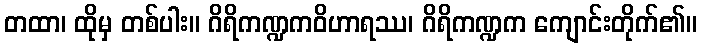
တထာ၊ ထိုမှ တစ်ပါး။ ဂိရိကဏ္ဍကဝိဟာရဿ၊ ဂိရိကဏ္ဍက ကျောင်းတိုက်၏။